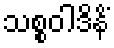
သစ္စဝါဒိနိံ